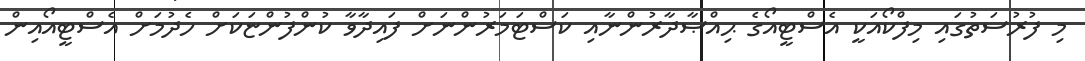
މި ފުރުސަތުގައި މިފްކޯއަކީ އެސްޓީއޯގެ ޙިއްޞާދާރުންނާއި ކަސްޓަމަރުންނަށް ފައިދާވާ ކުންފުންޏަކަށް ހެދުމަށް އެސްޓީއޯއިން